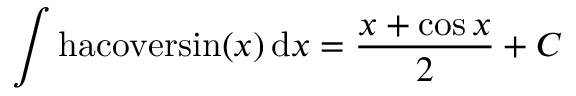
\int \mathrm { h a c o v e r s i n } ( x ) \, \mathrm { d } x = { \frac { x + \cos { x } } { 2 } } + C